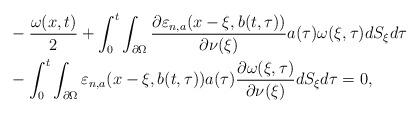
LaTeX: \begin{align*}\begin{aligned}&-\frac{\omega(x,t)}{2}+\int_{0}^{t}\int_{\partial\Omega}\frac{\partial\varepsilon_{n, a}(x-\xi,b(t,\tau))}{\partial\nu(\xi) }a(\tau)\omega(\xi,\tau)dS_{\xi}d\tau\\&-\int_{0}^{t}\int_{\partial\Omega}\varepsilon_{n, a}(x-\xi,b(t,\tau))a(\tau)\frac{\partial \omega(\xi,\tau )}{\partial\nu(\xi) }dS_{\xi}d\tau=0,\end{aligned}\end{align*}